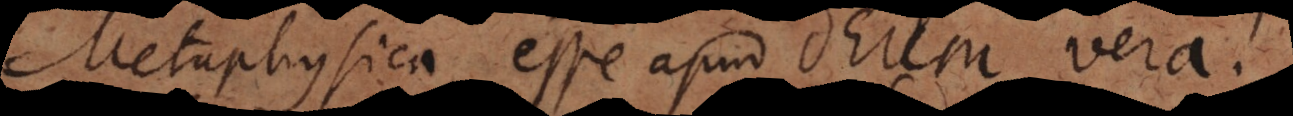
Metaphysica esse apud Deum vera.